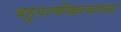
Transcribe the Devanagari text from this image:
बहुपत्नीकत्वाच्या